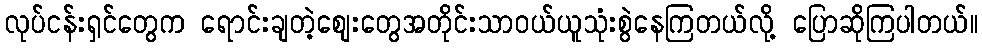
လုပ်ငန်းရှင်တွေက ရောင်းချတဲ့စျေးတွေအတိုင်းသာဝယ်ယူသုံးစွဲနေကြတယ်လို့ ပြောဆိုကြပါတယ်။